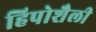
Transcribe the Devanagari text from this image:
हिपोशैली